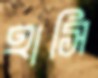
হাসি